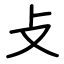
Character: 攴